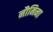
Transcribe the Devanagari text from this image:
नौमिना